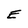
Character: e